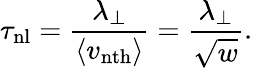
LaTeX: \tau_{\mathrm{nl}}=\frac{\lambda_{\perp}}{\langle v_{\mathrm{nth}}\rangle}=\frac{\lambda_{\perp}}{\sqrt{w}}.